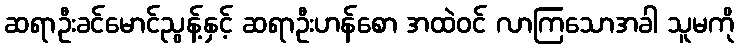
ဆရာဦးခင်မောင်ညွန့်နှင့် ဆရာဦးဟန်စော အထဲဝင် လာကြသောအခါ သူမကို